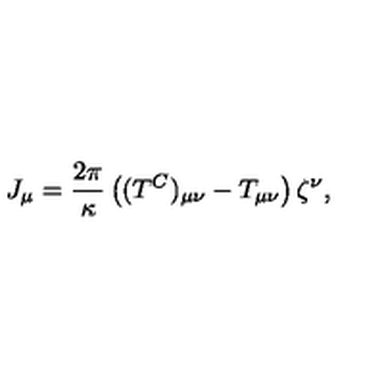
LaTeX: J _ { \mu } = { \frac { 2 \pi } { \kappa } } \left( ( T ^ { C } ) _ { \mu \nu } - T _ { \mu \nu } \right) \zeta ^ { \nu } ,